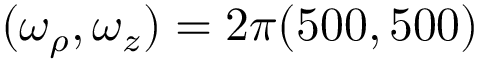
( \omega _ { \rho } , \omega _ { z } ) = 2 \pi ( 5 0 0 , 5 0 0 )